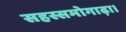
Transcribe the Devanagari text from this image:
सहस्समोगाढ़ा।